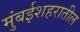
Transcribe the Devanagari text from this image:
मुंबईशहरातील